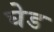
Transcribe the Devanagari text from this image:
घेड